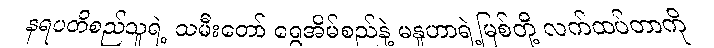
နရပတိစည်သူရဲ့ သမီးတော် ရွှေအိမ်စည်နဲ့ မနူဟာရဲ့မြစ်တို့ လက်ထပ်တာကို